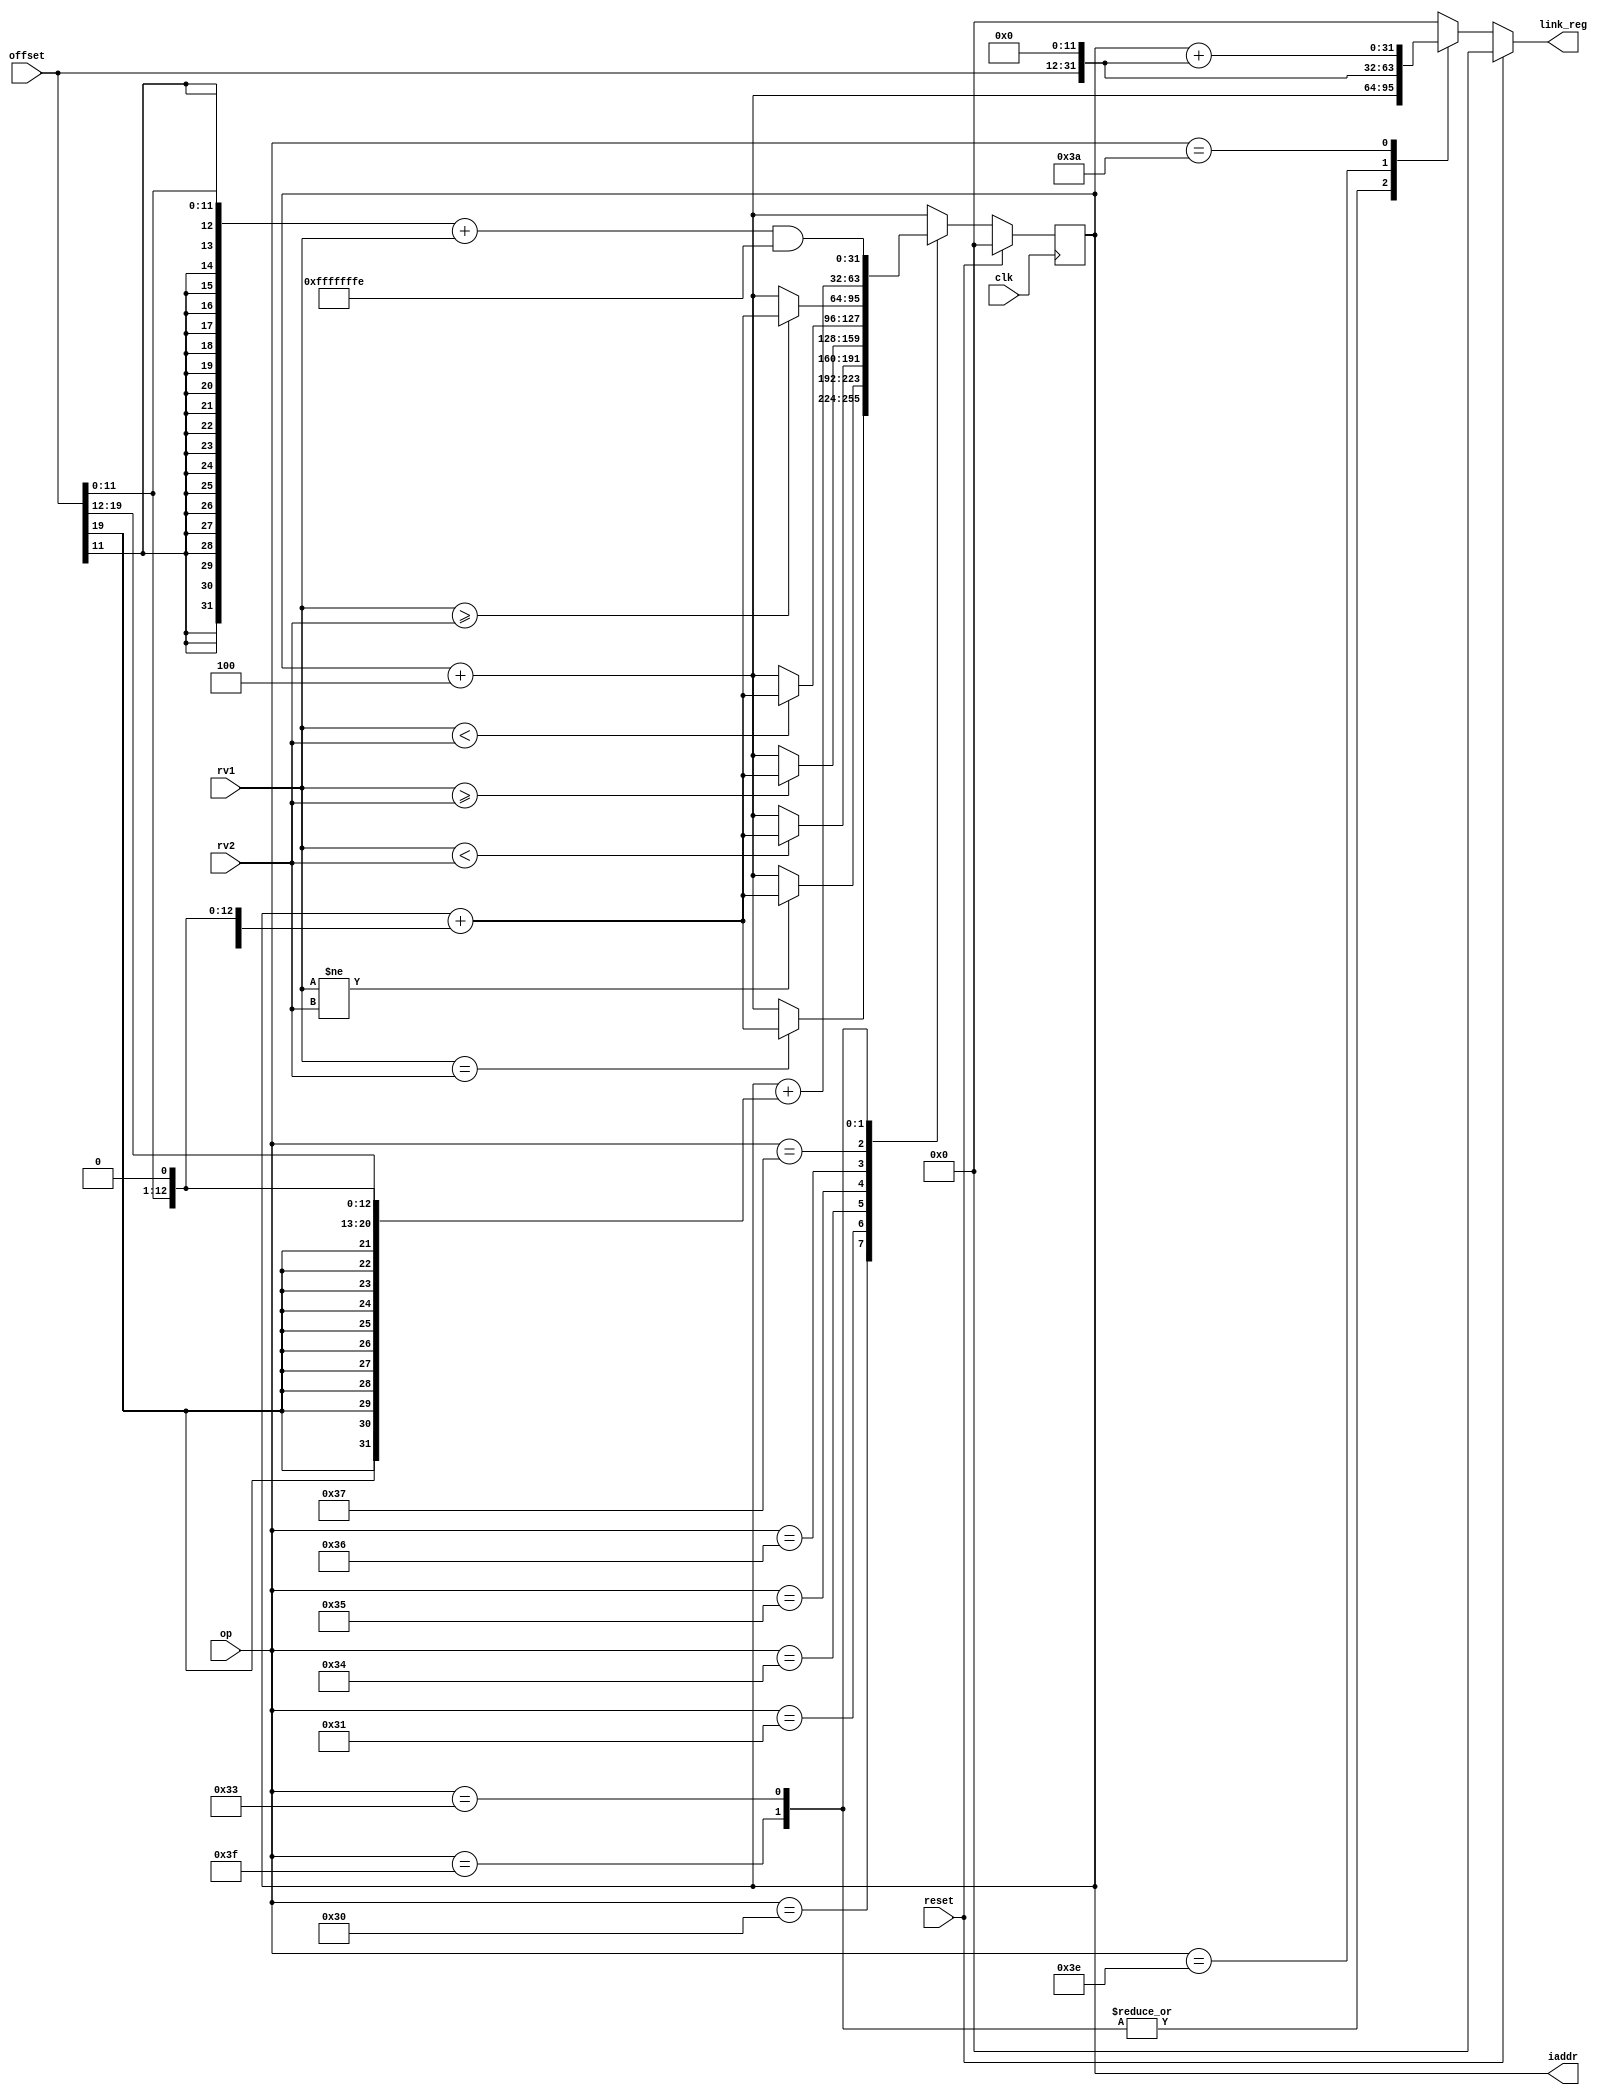
module branching(
	input clk,
	input reset,
    input [5:0] op,   //unique opcodes for each instruction,not clashing with alu or load/store
    input [19:0] offset,   //offset for new address calculation 
    input [31:0] rv1,   //operand 1
    input [31:0] rv2,   //operand 2
    output [31:0] iaddr,  //Program counter
    output [31:0] link_reg   //link register or upper immediate
);
    
//This module takes care of condition branching,and jump instuctions
//There are two identical case statements as calculating the new address must be synchronous but generating the link register or storing the upper bits must be aynchronus(as we already have synchronous write to regfile)
	
	reg [31:0] iaddr;
	reg [31:0] link_reg;

    always @(posedge clk)        
    begin
        if (reset) 
        begin
            iaddr = 0;      //Makes sure were start from the 0th insrtuction
        end
        else

     //The new address is calculated by adding the sign extented immediate/offset and adding to previous address       
            
            case (op)     // new address calculation (must be synchronous)
            
      //Jumps to the calculated address if the equality is true else moves to the adjacent instruction
        	6'h30 	:	iaddr = ((rv1 == rv2) ? (iaddr + {{19{offset[11]}},offset[11:0],1'b0}) : (iaddr + 4));    				 
            
      //Jumps to the calculated address if they are not equal else moves to the adjacent instruction
        	6'h31	:	iaddr = ((rv1 != rv2) ? (iaddr + {{19{offset[11]}},offset[11:0],1'b0}) : (iaddr + 4));        				
      //Cheking the inequality by assuming the operands to be signed,jumps to calculated address if true      
        	6'h34	:	iaddr = (($signed(rv1) < $signed(rv2)) ? (iaddr + {{19{offset[11]}},offset[11:0],1'b0}) : (iaddr + 4));
        				
      //Cheking the inequality by assuming the operands to be signed,jumps to calculated address if true
        	6'h35	:	iaddr = (($signed(rv1) >= $signed(rv2)) ? (iaddr + {{19{offset[11]}},offset[11:0],1'b0}) : (iaddr + 4));
       
      //Cheking the inequality by assuming the operands to be unsigned,jumps to calculated address if true
        	6'h36	:	iaddr = ((rv1 < rv2) ? (iaddr + {{19{offset[11]}},offset[11:0],1'b0}) : (iaddr + 4));
        				
      //Cheking the inequality by assuming the operands to be unsigned,jumps to calculated address if true
        	6'h37	:	iaddr = ((rv1 >= rv2) ? (iaddr + {{19{offset[11]}},offset[11:0],1'b0}) : (iaddr + 4));
        	
      //Unconditional jump to the calculated address(relative jump)
            6'h3f	: 	iaddr = iaddr + {{11{offset[19]}},offset[19:0],1'b0};  

      //Unconditional jump to the calculated address(absolute jump)
        	6'h33	:	iaddr = (({{20{offset[11]}},offset[11:0]} + rv1) & 32'hfffffffe);      				
        	
        	6'h3e	:	iaddr = iaddr + 4;     //Moves to the adjacent instuction
        			
        	6'h3a	:	iaddr = iaddr + 4;     //Moves to the adjacent instuction
        	
        	default	:	iaddr = iaddr + 4;     // For non branching/jump instuctions we just move to the next instruction
        
        endcase        
    end
   
    always @(*) 
    begin
        if (reset) 
        begin
            link_reg = 0;
        end
        else

        case (op)            // link register and loading upper immediates (must be combinational)
        	
            6'h30 	:	link_reg = 0;  //implemts BEQ (no linking required)
        	
            6'h31	:	link_reg = 0;  //implemnts BNE (no linking required)
        	
        	6'h34	:	link_reg = 0;  //implemnts BLT (no linking required)
        				
        	6'h35	:	link_reg = 0;  //implemnts BGE (no linking required)
        				
        	6'h36	:	link_reg = 0;  //implemnts BLTU (no linking required)
        				
        	6'h37	:	link_reg = 0;  //implemnts BGEU (no linking required)
        	
            6'h3f	: 	link_reg = iaddr + 4;  //implemnts JAL (link register stored into rd location in regfile)
        				
            6'h33	:	link_reg = iaddr + 4;  //implemnts JALR  (link register stored into rd location in regfile)
        	
            6'h3e	:	link_reg = (offset << 12);   //implements LUI  (loads the upper 20 bits into rd location in regfile)
        				
            6'h3a	:	link_reg = iaddr + (offset << 12);  //implemnts AUIPC 
            //(loading the upper 20 bits added to current address)

            default	:	link_reg = 0;  //no linking required for non jump instructions
        
        endcase        
    end
      
endmodule